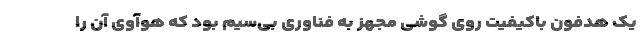
یک هدفون باکیفیت روی گوشی مجهز به فناوری بی‌سیم بود که هوآوی آن را